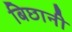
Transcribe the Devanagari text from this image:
बिछानी